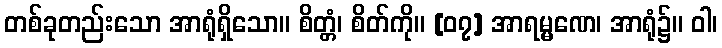
တစ်ခုတည်းသော အာရုံရှိသော။ စိတ္တံ၊ စိတ်ကို။ [၀၇] အာရမ္မဏေ၊ အာရုံ၌။ ဝါ၊